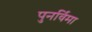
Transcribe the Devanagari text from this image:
पुनर्विमा